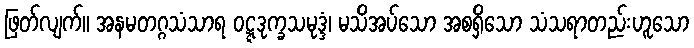
ဖြတ်လျက်။ အနမတဂ္ဂသံသာရ ဝဋ္ဋဒုက္ခသမုဒ္ဒံ၊ မသိအပ်သော အစရှိသော သံသရာတည်းဟူသော